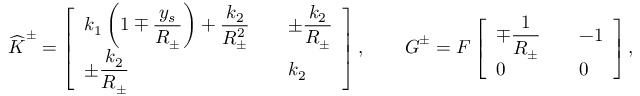
\widehat { \boldsymbol { K } } ^ { \pm } = \left[ \begin{array} { l l } { \displaystyle k _ { 1 } \left( 1 \mp \frac { y _ { s } } { R _ { \pm } } \right) + \frac { k _ { 2 } } { R _ { \pm } ^ { 2 } } \quad } & { \displaystyle \pm \frac { k _ { 2 } } { R _ { \pm } } } \\ { \displaystyle \pm \frac { k _ { 2 } } { R _ { \pm } } } & { k _ { 2 } } \end{array} \right] , \qquad \boldsymbol { G } ^ { \pm } = F \left[ \begin{array} { l l } { \displaystyle \mp \frac { 1 } { R _ { \pm } } \quad } & { \displaystyle - 1 } \\ { \displaystyle 0 } & { 0 } \end{array} \right] ,